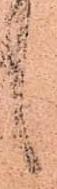
候